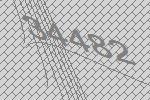
34482